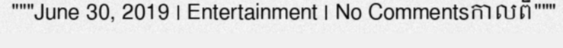
"""June 30, 2019 | Entertainment | No Commentsកាលពី"""